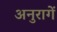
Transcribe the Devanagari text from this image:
अनुरागें